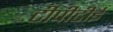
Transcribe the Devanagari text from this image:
टीपीटीई